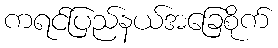
ကရင်ပြည်နယ်အခြေစိုက်